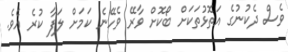
ވެސް ދެކުނުގެ އަތޮޅުތަކަށް ބޯކޮށް ވާރޭ ވެހޭނެ ކަމަށް ލަފާ ކުރެ އެވެ.